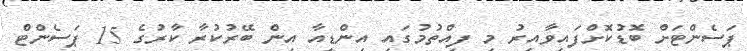
ޕަސެންޓަށް ބޮޑުކޮށްފައިވާއިރު މި ފިއްތުމުގައި އިންޑިއާ އިން ބޭރުކުރާ ކާރުގެ 15 ޕަސެންޓް